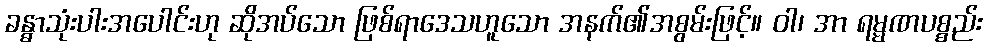
ခန္ဓာသုံးပါးအပေါင်းဟု ဆိုအပ်သော ဖြစ်ရာဒေသဟူသော အနက်၏အစွမ်းဖြင့်။ ဝါ၊ အာ ရမ္မဏပစ္စည်း